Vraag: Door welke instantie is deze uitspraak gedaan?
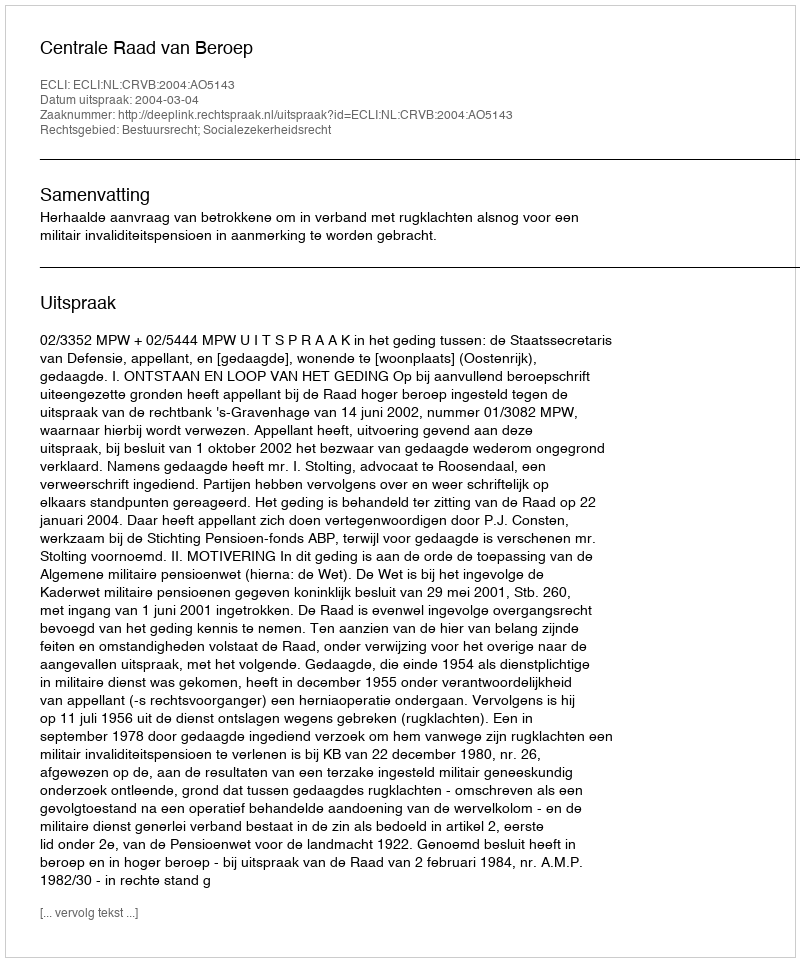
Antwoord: Centrale Raad van Beroep